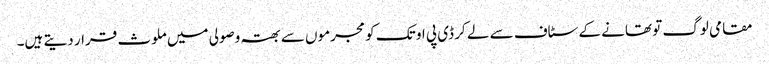
مقامی لوگ تو تھانے کے سٹاف سے لے کر ڈی پی او تک کو مجرموں سے بھتہ وصولی میں ملوث قرار دیتے ہیں۔